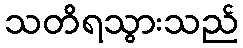
သတိရသွားသည်